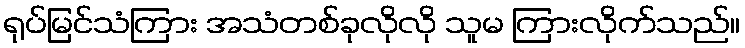
ရုပ်မြင်သံကြား အသံတစ်ခုလိုလို သူမ ကြားလိုက်သည်။